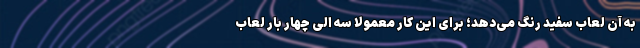
به آن لعاب سفید رنگ می‌دهد؛ برای این کار معمولا سه الی چهار بار لعاب